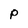
Character: P